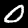
Label: 0